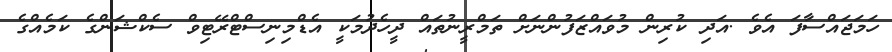
ހަމަޖައްސާފަ އެވެ .އަދި ކުރިން މުވައްޒަފުންނަށް ތަމްރީނުތައް ދީހެދުމަކީ އެޑްމިނިސްޓްރޭޓިވް ސެކްޝަންގެ ކަމެއްގެ